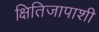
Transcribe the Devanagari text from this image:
क्षितिजापाशी